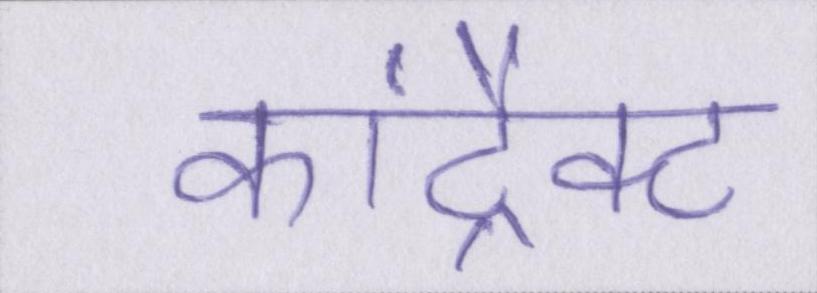
कांट्रैक्ट